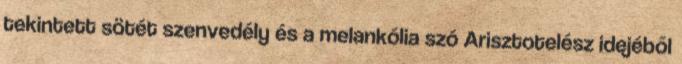
tekintett sötét szenvedély és a melankólia szó Arisztotelész idejéből